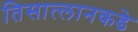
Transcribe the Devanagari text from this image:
तिसात्लानकडे